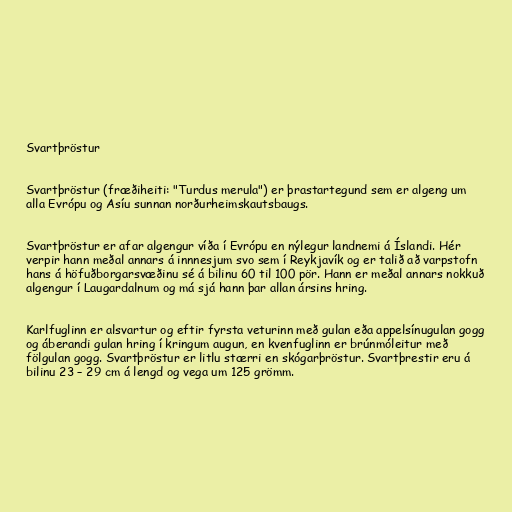
Svartþröstur

Svartþröstur (fræðiheiti: "Turdus merula") er þrastartegund sem er algeng um
alla Evrópu og Asíu sunnan norðurheimskautsbaugs.

Svartþröstur er afar algengur víða í Evrópu en nýlegur landnemi á Íslandi. Hér
verpir hann meðal annars á innnesjum svo sem í Reykjavík og er talið að varpstofn
hans á höfuðborgarsvæðinu sé á bilinu 60 til 100 pör. Hann er meðal annars nokkuð
algengur í Laugardalnum og má sjá hann þar allan ársins hring.

Karlfuglinn er alsvartur og eftir fyrsta veturinn með gulan eða appelsínugulan gogg
og áberandi gulan hring í kringum augun, en kvenfuglinn er brúnmóleitur með
fölgulan gogg. Svartþröstur er litlu stærri en skógarþröstur. Svartþrestir eru á
bilinu 23 – 29 cm á lengd og vega um 125 grömm.